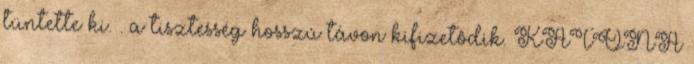
tüntette ki. . a tisztesség hosszú távon kifizetôdik. KATONA